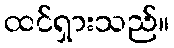
ထင်ရှားသည်။